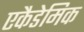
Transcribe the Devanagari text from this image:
एकैडेमिक